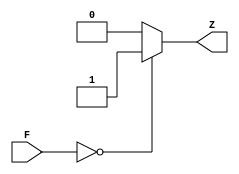
module Zero_Check (F, Z);
input [15:0] F;
output reg Z;

always @(F) begin
case (F)

16'b0000000000000000: Z = 1'b1;
default: Z = 1'b0;

endcase
end


endmodule